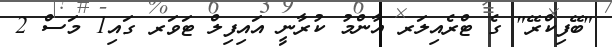
"ބޭފިކްރޭ" ގެ ޓްރެއިލަރ އާންމު ކުރާނީ އައިފިލް ޓަވަރ ގައި1 މަސް 2